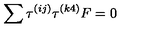
\sum \tau ^ { ( i j ) } \tau ^ { ( k 4 ) } F = 0